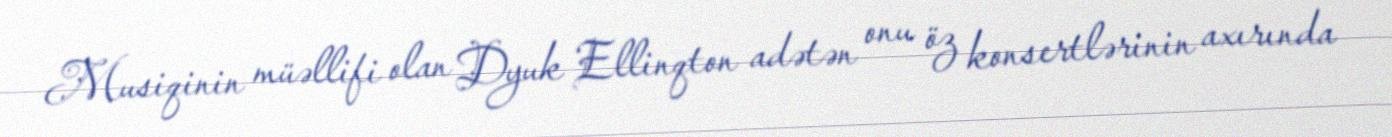
Musiqinin müəllifi olan Dyuk Ellinqton adətən onu öz konsertlərinin axırında